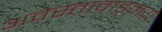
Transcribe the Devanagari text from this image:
अवेस्तावाड्मय